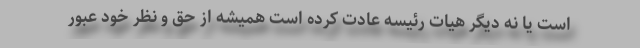
است یا نه دیگر هیات رئیسه عادت کرده است همیشه از حق و نظر خود عبور